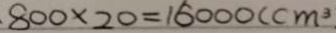
8 0 0 \times 2 0 = 1 5 0 0 0 ( c m ^ { 3 } )